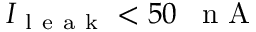
I _ { \mathrm { ~ l ~ e ~ a ~ k ~ } } < 5 0 \mathrm { ~ \, ~ n ~ A ~ }